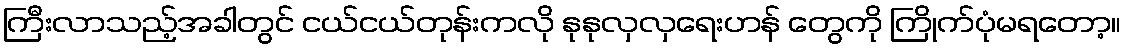
ကြီးလာသည့်အခါတွင် ငယ်ငယ်တုန်းကလို နုနုလှလှရေးဟန် တွေကို ကြိုက်ပုံမရတော့။